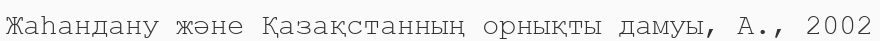
Жаһандану және Қазақстанның орнықты дамуы, А., 2002